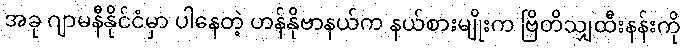
အခု ဂျာမနီနိုင်ငံမှာ ပါနေတဲ့ ဟန်နိုဗာနယ်က နယ်စားမျိုးက ဗြိတိသျှထီးနန်းကို